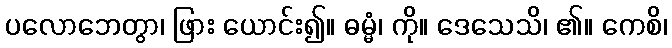
ပလောဘေတွာ၊ ဖြား ယောင်း၍။ ဓမ္မံ၊ ကို။ ဒေသေသိ၊ ၏။ ကေစိ၊